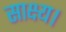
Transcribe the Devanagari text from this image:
साक्ष्य।